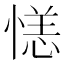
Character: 𪬝